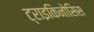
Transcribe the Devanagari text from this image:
ट्राइकिनोसिस